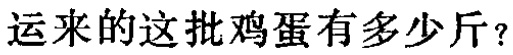
运来的这批鸡蛋有多少斤？